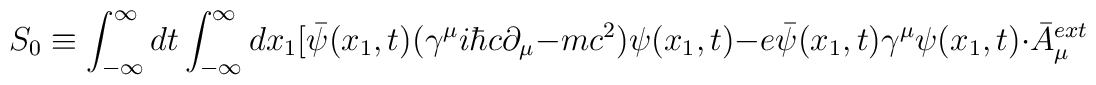
S_0 \equiv \int_{-\infty}^{\infty} dt \int_{-\infty}^{\infty} dx_1[ \bar{\psi}(x_1,t) ({\gamma}^{\mu} i{\hbar}c {\partial}_{\mu}- mc^2) {\psi}(x_1,t) - e\bar{\psi}(x_1,t) {\gamma}^{\mu}{\psi}(x_1,t) \cdot \bar{A}_{\mu}^{ext}